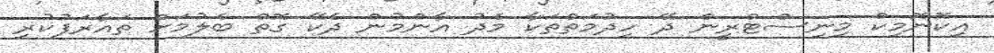
އިކޮނޮމިކް މިނިސްޓްރީން ދޭ ހިދުމަތްތަކާ މެދު އާންމުން ދެކޭ ގޮތް ބެލުމަށް ތައާރަފުކުރި